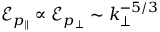
\mathcal { E } _ { p _ { \| } } \propto \mathcal { E } _ { p _ { \perp } } \sim k _ { \perp } ^ { - 5 / 3 }